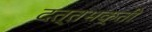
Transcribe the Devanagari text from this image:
दत्तभक्ती